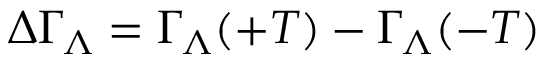
\Delta \Gamma _ { \Lambda } = \Gamma _ { \Lambda } ( + T ) - \Gamma _ { \Lambda } ( - T )